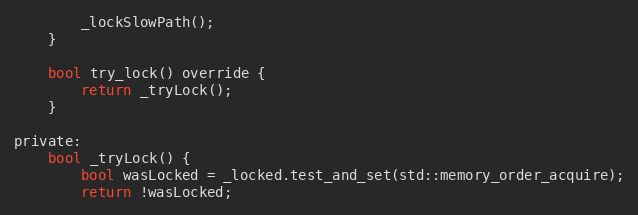
Language: C
        _lockSlowPath();
    }

    bool try_lock() override {
        return _tryLock();
    }

private:
    bool _tryLock() {
        bool wasLocked = _locked.test_and_set(std::memory_order_acquire);
        return !wasLocked;